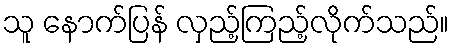
သူ နောက်ပြန် လှည့်ကြည့်လိုက်သည်။